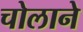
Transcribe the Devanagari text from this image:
चोलाने